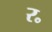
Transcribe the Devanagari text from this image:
र॰